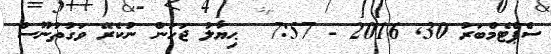
ސެޕްޓެމްބަރު 30